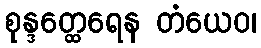
စုန္ဒတ္ထေရေန တံယေဝ၊